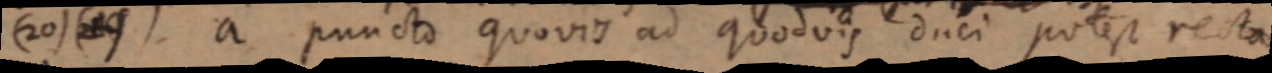
(20) (19) a puncto quovis ad quodvis duci potest recta